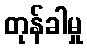
တုန်ခါမှု